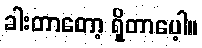
ခါးတာတော့ ရှိတာပေ့ါ။